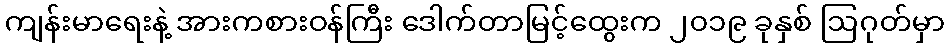
ကျန်းမာရေးနဲ့ အားကစားဝန်ကြီး ဒေါက်တာမြင့်ထွေးက ၂၀၁၉ ခုနှစ် ဩဂုတ်မှာ